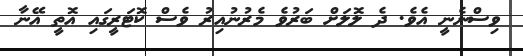
ވިސްނެނީ އެވެ. ދެ ލޮލަށް ބަރުވެ މެރުނުއިރު ވެސް ކޮޓަރީގައި އޮތީ އޭނާ